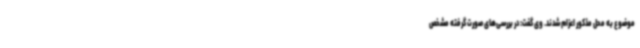
موضوع به محل مذکور اعزام شدند. وی گفت: در بررسی‌های صورت گرفته مشخص